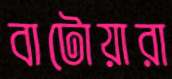
বাটোয়ারা